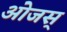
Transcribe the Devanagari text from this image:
ओजस्‌